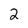
Character: 2